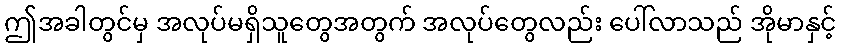
ဤအခါတွင်မှ အလုပ်မရှိသူတွေအတွက် အလုပ်တွေလည်း ပေါ်လာသည် အိုမာနှင့်